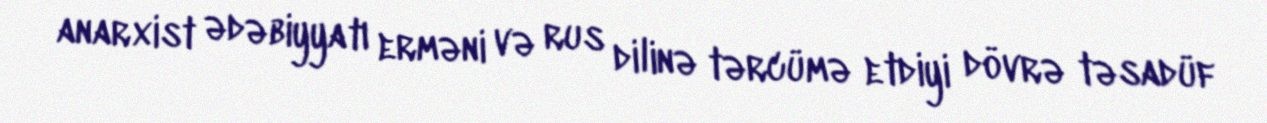
anarxist ədəbiyyatı erməni və rus dilinə tərcümə etdiyi dövrə təsadüf